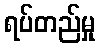
ရပ်တည်မှု